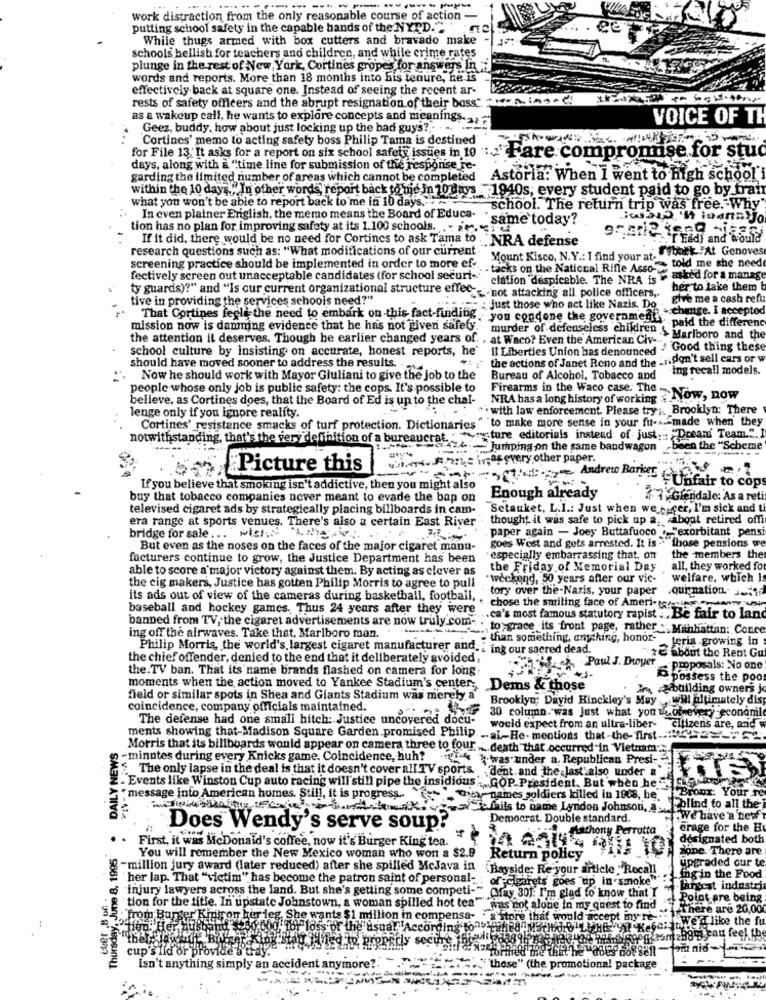
work distraction from the only reasonable course of action
putting school safety in the capable hands of the NYPD."
ee
While thugs armed with box cutters and bravado make
schools hellish for teachers and children, and while crime rates
plunge in the rest of New York, Cortines gropes for answers In
words and reports. More than 18 months into his tenure, he is
effectively back at square one. Instead of seeing the recent ar-
rests of safety officers and the abrupt resignation of their bass ...
as a wakeup call, he wants to explore concepts and meanings. ..
VOICE OF TH
Geez, buddy, how about just locking up the bad guys ?.. . ..
"Cortines' memo to acting safety boss Philip Tama is destined
for File 13: It asks for a report on six school safety issues in 10 : Hare compromise for stuc
days, along with à "time line for submission of the resporise re -.
garding the limited number of areas which cannot be completed
Astoria: When I went to high school
within the 10 days." In other words, report back to me in 10days 1940s, every student paid to go by frai
what you won't be able to report back to me in 10 days .....
school. The return trip was free. Why
In even plainer English, the memo means the Board of Educa-
same today?
Habed 'it lanayJo
tion has no plan for improving safety at its 1.100 schools. .. ..
If it did, there would be no need for Cortines to ask Tama to 'NRA defense
[ Lady and would
research questions such as: "What modifications of our current "
backAt Genoves
screening practice should be implemented in order to more ef-
Mount Kisco, N.Y .: I find your at.
: tacks on the National Rifle Asso- to.
told me she need
fectively screen out unacceptable candidates (for school securi-""
ciation despicable. The NRA is - asked for a manage
her to take them
tive in providing the services schools need?"
ty guards)?" and "Is our current organizational structure effec _ not attacking all police officers,
give me a cash reft
: just those who act like Nazis. Dos change. I accepted
That Cortines feel the need to embark on this fact-finding,you condone the government.
mission now is damming evidence that he has not given safety.
"-paid the different
the attention it deserves. Though he earlier changed years of. , at Waco? Even the American Civ-
murder of defenseless children & Marlboro and the
school culture by insisting on accurate, honest reports, he'
Il Liberties Union has denounced . Good thing these
the actions of Janet Reno and the :r. don't sell cars or w
should have moved sooner to address the results ...
ing recall models.
. Now he should work with Mayor Giuliani to give the job to the
Bureau of Alcohol, Tobacco and
people whose only job is public safety: the cops. It's possible to
believe, as Cortines does, that the Board of Ed is up to the chal-
NRA has a long history of working $
Firearms in the Waco case. The - Now, now
^. with law enforcement. Please try :. Brooklyn: There
lenge only if you ignore reality.
Cortines' resistance smacks of turf protection. Dictionaries " to make more sense in your fu-A -- made when they
notwithstanding, that's the very definition of a bureaucrat. . ture editorials instead of just; "Dream Team".
1.424 - jumping on the same bandwagon
.-...
-been the "Scheme
------...
WatFans wasvery.other paper.
Picture this
If you believe that smoking isn't addictive, then you might also
Ved Andreto Banker unfair to cops
buy that tobacco companies never meant to evade the bap on
Enough already
14 Glendale: As a reti
televised cigaret ads by strategically placing billboards in cam-
"Setauket, L.I .: Just when we eiger, I'm sick and ti
era range at sports venues. There's also a certain East River
thought it was safe to pick up a. about retired offi
paper again - Joey Buttafuoco . "exorbitant pensi
bridge for sale ... will.
goes West and gets arrested. It is . those pensions w
But even as the noses on the faces of the major cigaret manu-
facturers continue to grow, the Justice Department has been
especially embarrassing that, on
the members the
able to score a major victory against them. By acting as clever as
the Friday of Memorial Day
all, they worked fo
"weekend, 50 years after our vic-
welfare, which Is
the cig makers, Justice has gotten Philip Morris to agree to pull
tory over the-Nazis, your paper
.ournation. Jeff
its ads out of view of the cameras during basketball, football, . chose the smiling face of Ameri-serien
baseball and hockey games. Thus 24 years after they were .. ca's most famous statutory rapist . Be fair to land
banned from TV, the cigaret advertisements are now truly.com- . to grace its front page, rather . Manhattan: Conce
ing off the airwaves. Take that, Marlboro man.
than something, anything, honor-
, teria growing in
Philip Morris, the world's largest cigaret manufacturer and : ing our sacred dead.
the chief offender, denied to the end that it deliberately avoided.
Paul J. Dwyer
" +E about the Rent Gu
the. TV ban. That its name brands flashed on camera for long
Proposals: No one
D possess the poor
moments when the action moved to Yankee Stadium's center; Dems & those
arebuilding owners jo
field or similar spots in Shea and Giants Stadium was merely a
Brooklyn; David Hinckley's May .will ultimately dis
coincidence, company officials maintained.
The defense had one small hitch: Justice uncovered docu-
AUF OP 1726 30 column was just what you soonevery economie
would expect from an ultra-liber-
citizens are, and w
DAILY NEWS
ments showing that-Madison Square Garden promised Philip. - al-He- mentions that-the- first ----- 52
Morris that its billboards would appear on camera three to four ... death that occurred"in Vietnam.
-minutes during every Knicks game. Coincidence, huh? ' }was under a. Republican Presi-
$_The only lapse in the deal is that it doesn't cover all TV sports.
.dent and the last also under &
z - Events like Winston Cup auto racing will'still pipe the insidious - GOP President. But when he - film
Bronx: Your re
message into American homes. Still, it is progress. names soldiers killed in 1908, he.
momentohanno whatnotundSkil to name Lyndon Johnson,
blind to all the-
Democrat Double standard.
We have a new
Does Wendy's serve soup?
fiathony Perrotta
erage for the H
Thursday, June 8, 1995
First, it was McDonald's coffee, now it's Burger King tea.
designated both
zione. There are
You will remember the New Mexico woman who won a $2.9
Return policy
upgraded our te
-million jury award (later reduced) after she spilled McJava in
"Bayside: Re your article ""Rocall
"her lap. That "victim" has become the patron saint of personal-
ofcigarets goes up in smoke""
ing in the Food
injury lawyers across the land. But she's getting some competi-"
Olay 30): I'm glad to know that I
largest industry
tion for the title. In upstate Johnstown, a woman spilled hot tea"
Point are being
5.5
was not alone in my quest to find
There are 20,00
:"from Burger King on her leg, She wants $1 million in compensa-
e that would accept my re-
We'd like the fu
tien. He
for the usual "According toasto
fied ip propadly secure
cup's lid or p
Isn't anything simply an accident anymore ?.
"those" (the promotional package